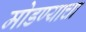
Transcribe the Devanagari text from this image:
मोडण्याचा